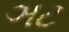
ઞટ